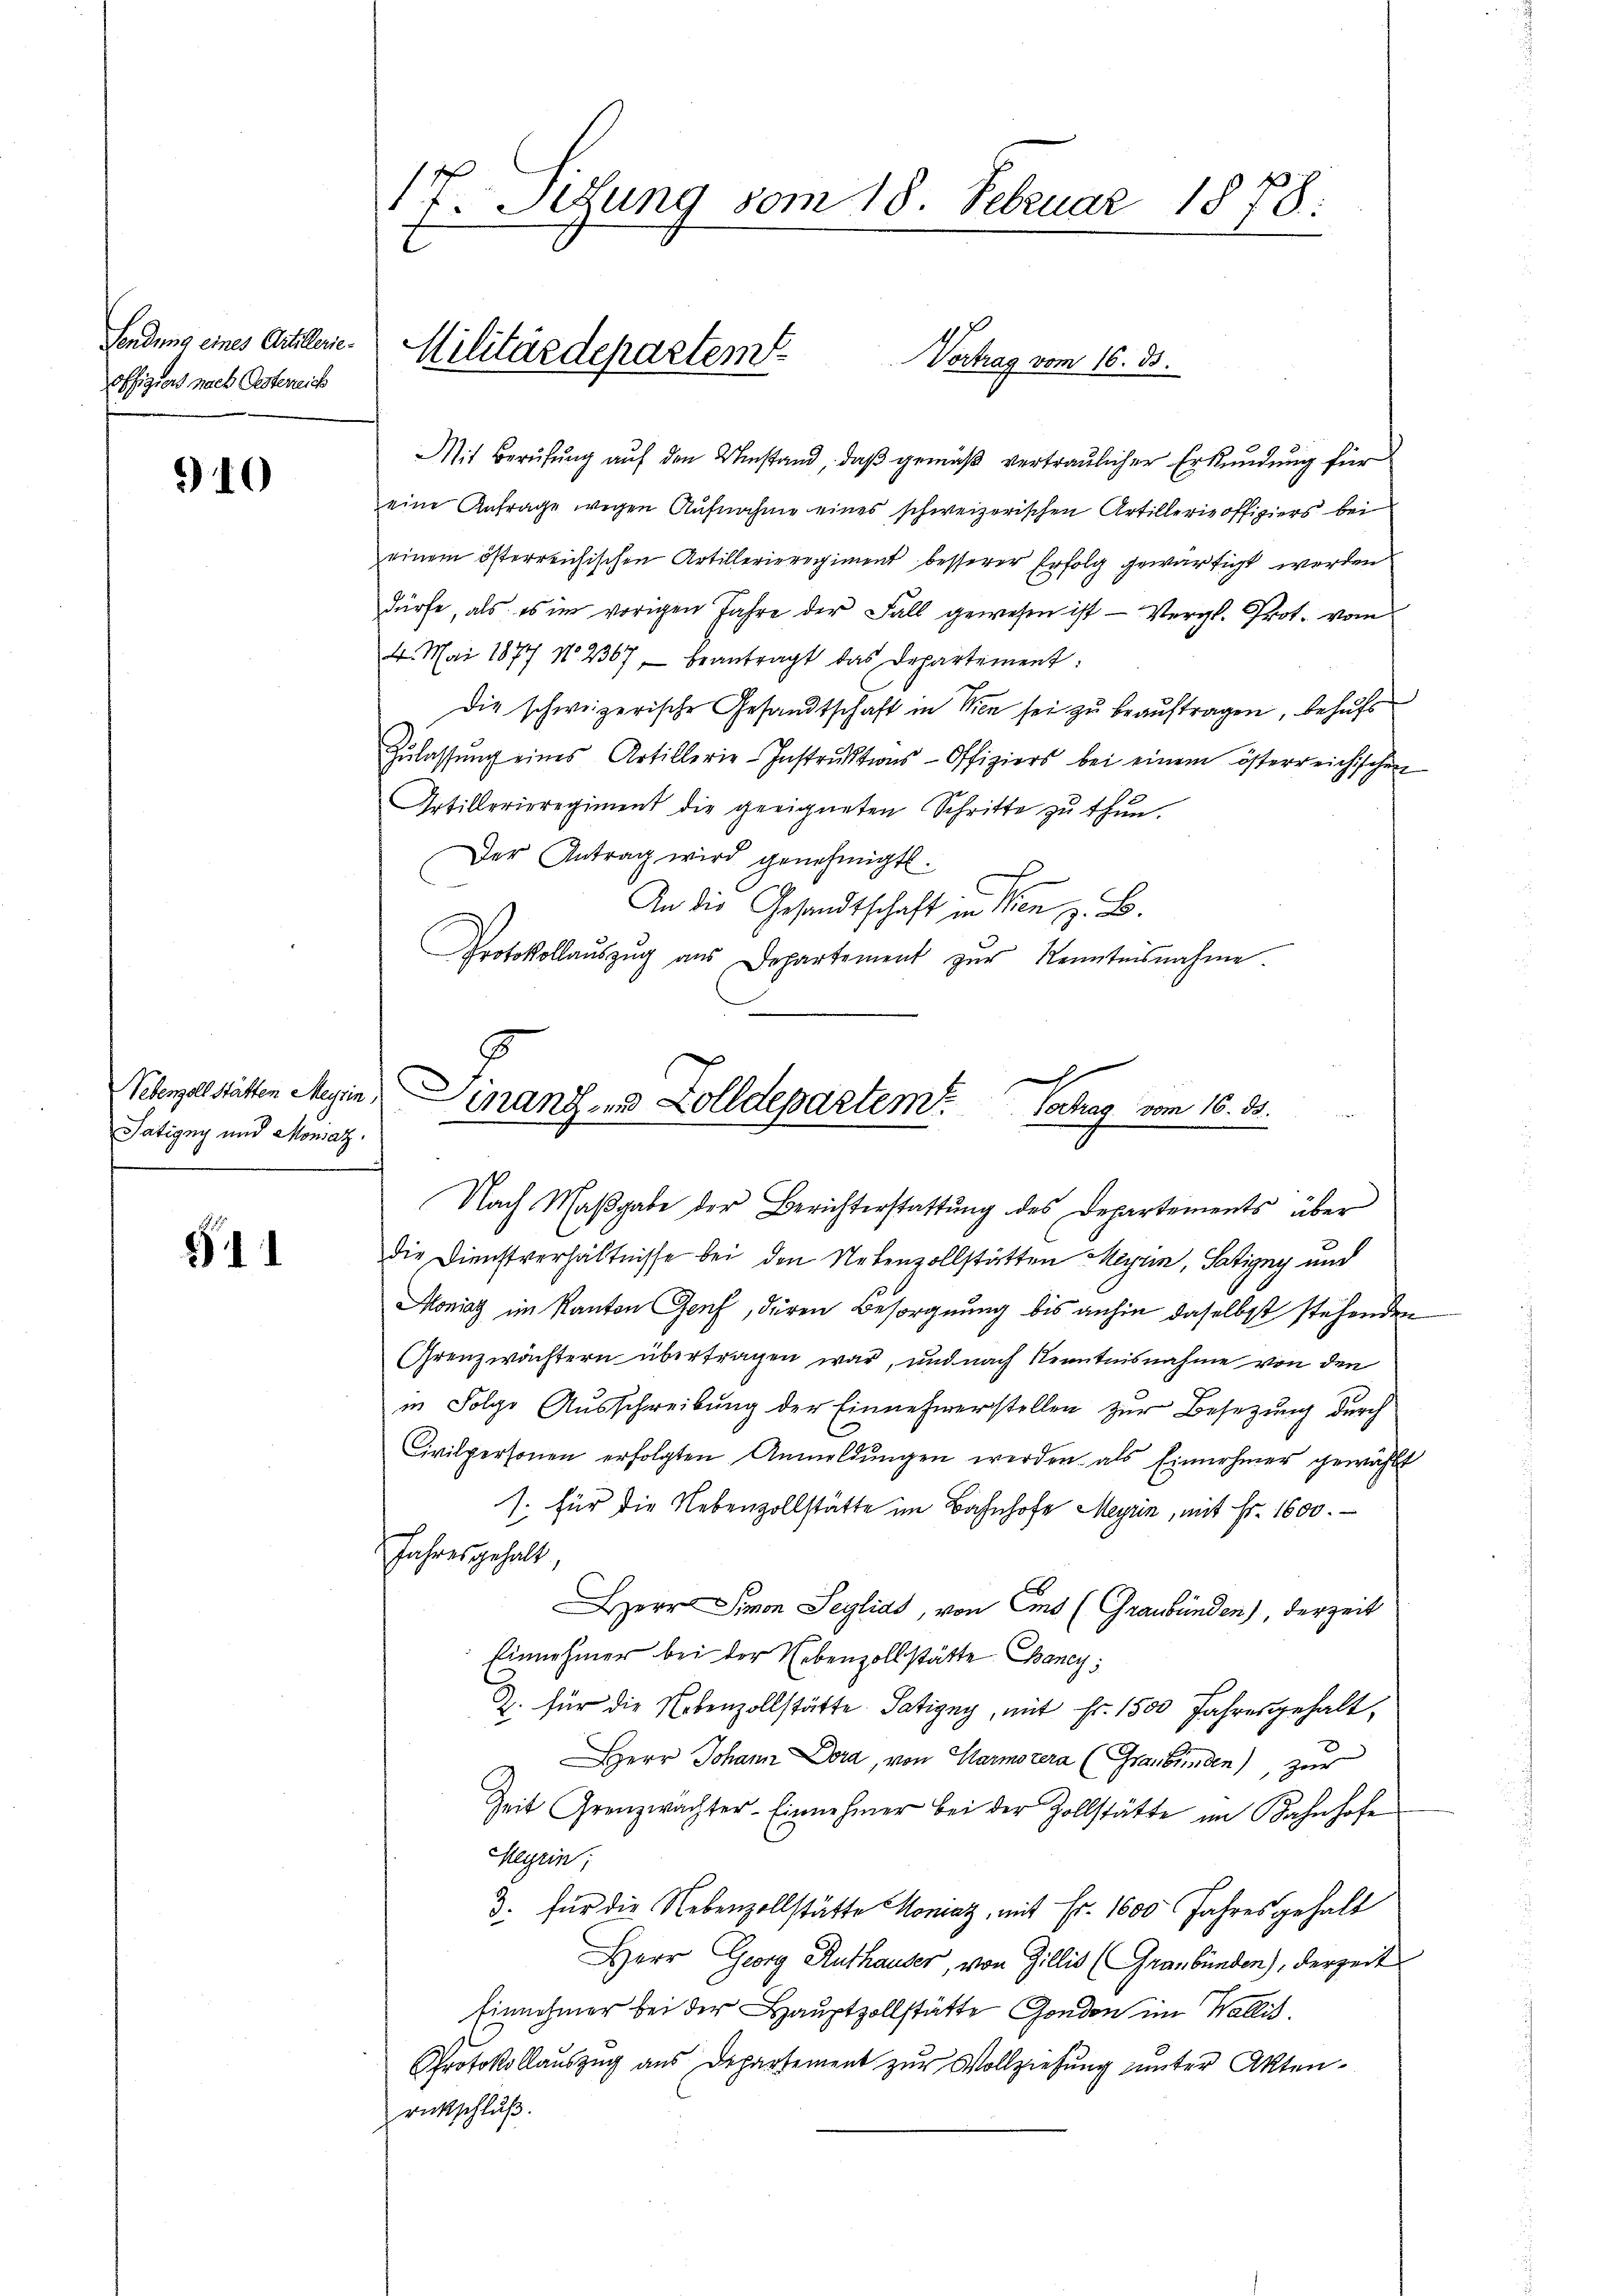
Sendung eines Artillerieoffiziers nach Oestereich

10

Tatigny und Monsaz

511

17. Setung vom 18. Februar 1878.

Mit Berufung auf den Umstand, daß gemäß vertraulicher Erkundung für
eine Anfrage wegen Aufnahme eines schweizerischen Artillerie offiziers bei
einem österreichischen Artillerieregiment besserer Erfolg gewärtigt werden
dürfe, als es im vorigen Jahre der Fall gewesen ist - Vergl. Prot. vom
4. Mai 1877 No 2367 beantragt das Departement:
Die schweizerische Gesandtschaft in Wien sei zu beauftragen, behufs
Zŭlassŭng eines Artillerie-Instrŭktions-Offiziers bei einem österreichischen
Artillerieregiment die geeigneten Schritte zu thun.
Der Antrag wird genehmigt.
An die Gesandtschaft in Wien z. B.
Protokollaŭszŭg aŭs Departement zŭr Kenntnisnahme.
A
Vebenzelstätten Meyrin, Finanzen Zolldepartem Vortrag vom 16. ds.

Vortrag vom 16. ds.

Militärdepartem

Nach Maβgabe der Berichterstattŭng des Departements über

die Dienstverhältnisse bei den Nebenzollstätten Meyrin, Satigny und
Moniag im Kanton Genf, deren Besorgnung bis anhin daselbst stehenden
Grenzwächtern übertragen war, und nach Kenntnisnahme von den
in Folge Ausschreibung der Einnehmerstellen zur Besetzung durch
Civilpersonen erfolgten Anmeldŭngen werden als Einnehmer gewählt
1. für die Nebenzollstätte im Bahnhofe Meyrin, mit Fr. 1600.
Jahres gehalt,
err Simon Seylias, von Ems (Graubünden), derzeit
Einnehmer bei der Nebenzollstätte Bancy,
Z. für die Nebenzollstätte. Satigny, mit Fr. 1500 Jahresgehalt,
HHerr Johann Dora, von Harmozera (Graubünden), zur
Zeit Grenzwächter-Einnehmer bei der Zollstätte im Bahnhofe
Meyrin;
3. für die Nebenzollstätte Moniaz, mit Fr. 1600 Jahresgehalt
Herr Georg Ruthauser, von Zillis (Graubünden), derzeit
Einnehmer bei der Hauptzollstätte Gonden im Wallis.
Protokollauszug aus Departement zur Vollziehung unter Aktenrückschlŭβ.